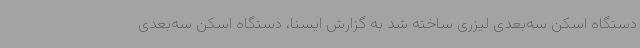
دستگاه اسکن سه‌بعدی لیزری ساخته شد به گزارش ایسنا، دستگاه اسکن سه‌بعدی